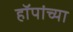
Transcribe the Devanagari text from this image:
हॉपांच्या